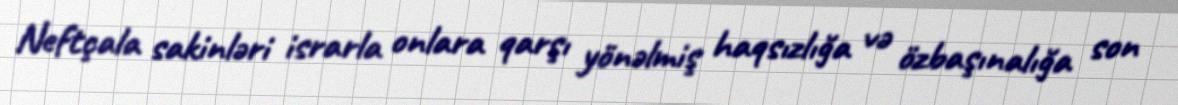
Neftçala sakinləri israrla onlara qarşı yönəlmiş haqsızlığa və özbaşınalığa son